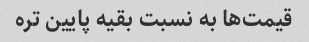
قیمت‌ها به نسبت بقیه پایین تره